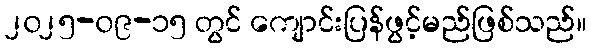
၂၀၂၅-၀၉-၁၅ တွင် ကျောင်းပြန်ဖွင့်မည်ဖြစ်သည်။